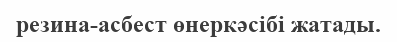
резина-асбест өнеркәсібі жатады.